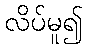
လိပ်မူ၍